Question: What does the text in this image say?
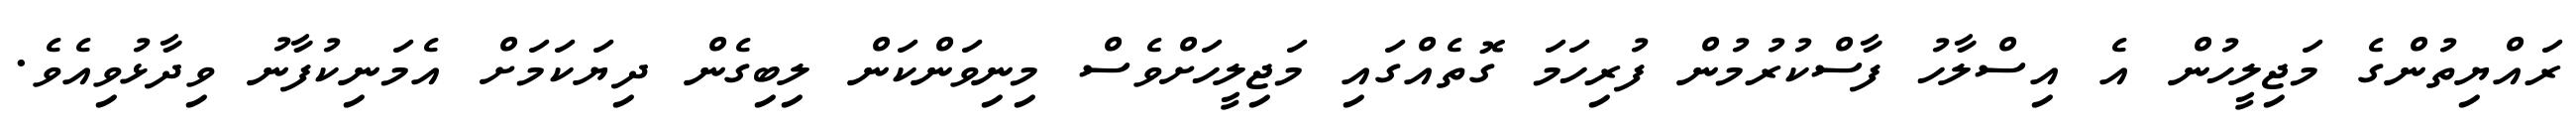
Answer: ރައްޔިތުންގެ މަޖިލީހުން އެ އިސްލާހު ފާސްކުރުމުން ފުރިހަމަ ގޮތެއްގައި މަޖިލީހަށްވެސް މިނިވަންކަން ލިބިގެން ދިޔަކަމަށް އެމަނިކުފާނު ވިދާޅުވިއެވެ.